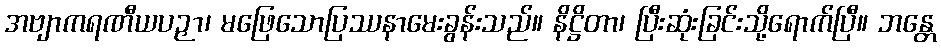
အဗျာကရဏီယပဉှာ၊ မဖြေသောပြဿနာမေးခွန်းသည်။ နိဋ္ဌိတာ၊ ပြီးဆုံးခြင်းသို့ရောက်ပြီ။ ဘန္တေ